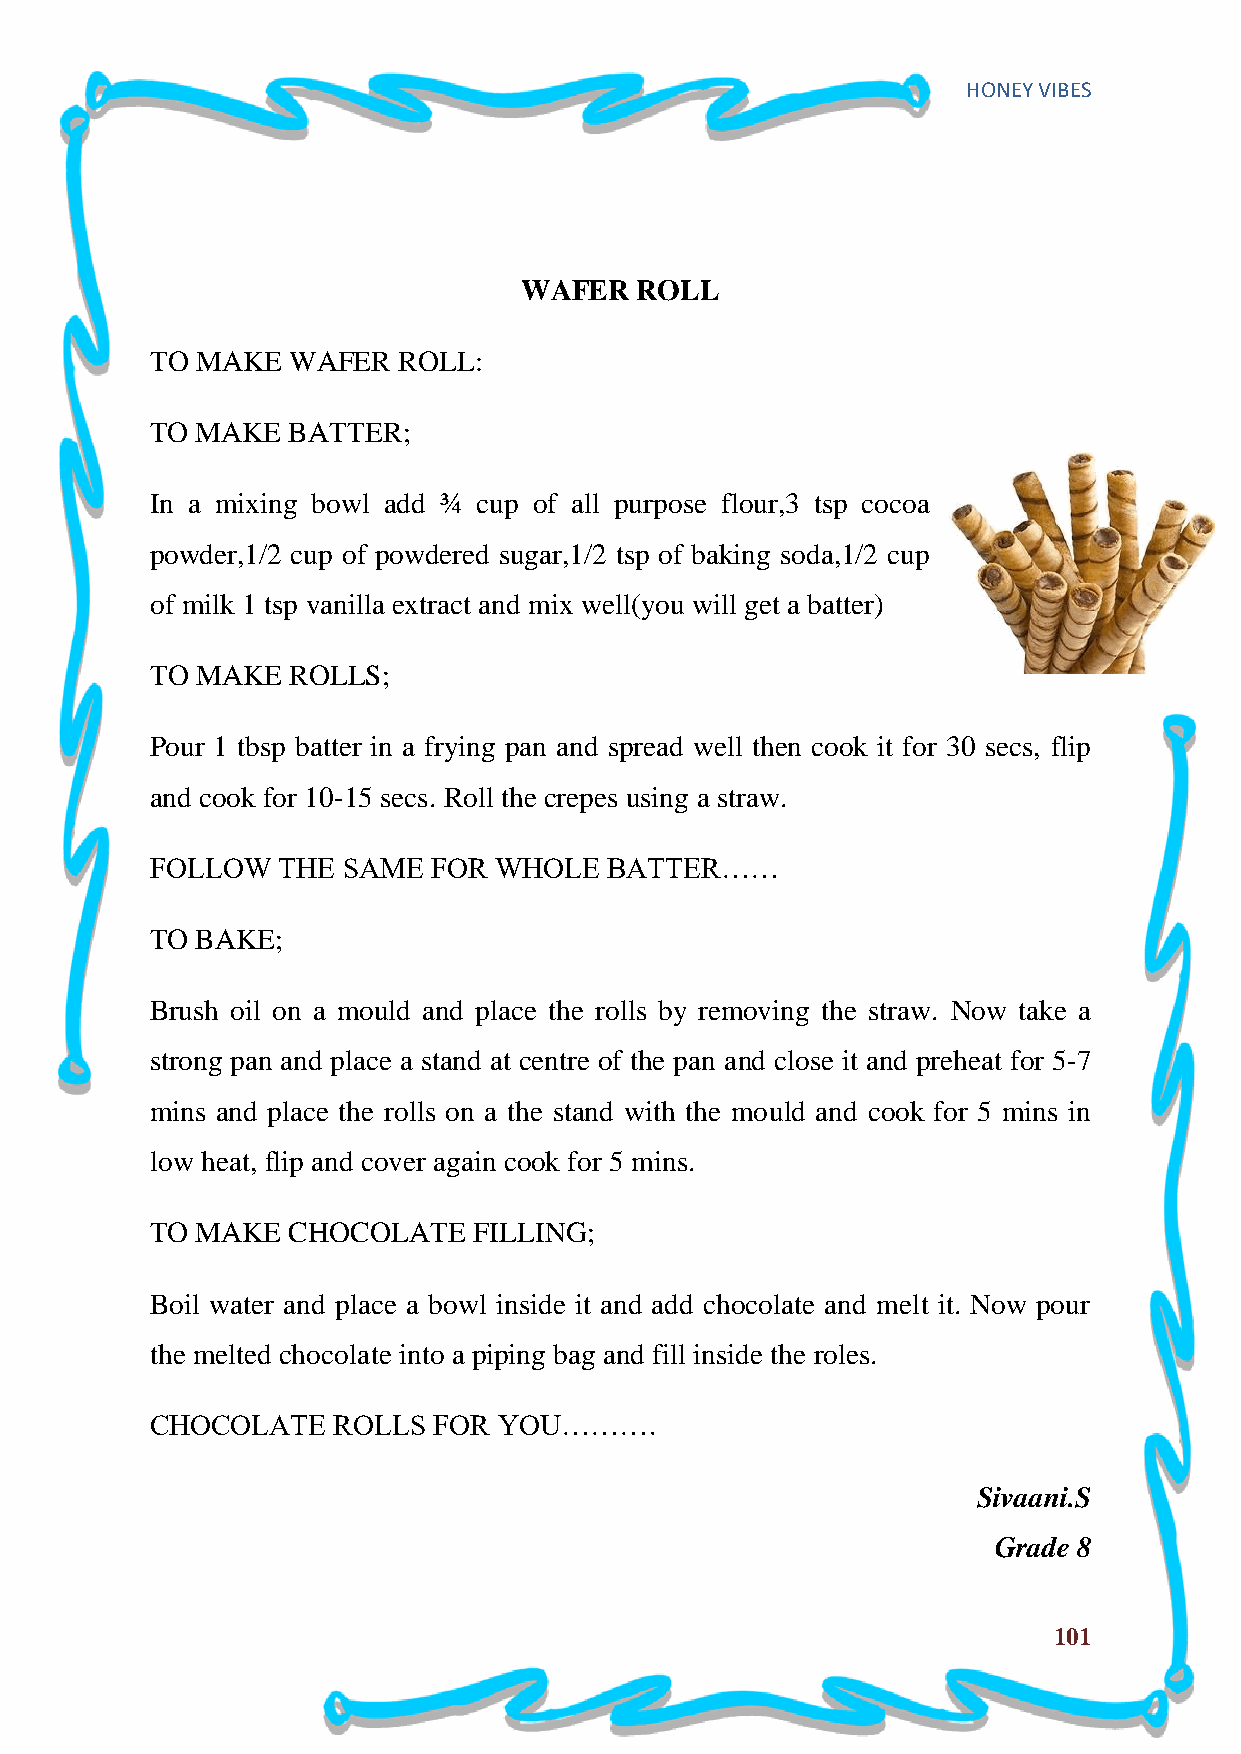
HONEY VIBES
 WAFER  ROLL
 TO MAKE  WAFER  ROLL:
 TO MAKE  BATTER;
 In a mixing bowl add ¾ cup of all purpose flour,3 tsp cocoa
 powder,1/2 cup of powdered sugar,1/2 tsp of baking soda,1/2 cup
 of milk 1 tsp vanilla extract and mix well(you will get a batter)
 TO MAKE  ROLLS;
 Pour 1 tbsp batter in a frying pan and spread well then cook it for 30 secs, flip
 and cook for 10-15 secs. Roll the crepes using a straw.
 FOLLOW  THE  SAME  FOR WHOLE  BATTER……
 TO BAKE;
 Brush oil on a mould and place the rolls by removing the straw. Now take a
 strong pan and place a stand at centre of the pan and close it and preheat for 5-7
 mins and place the rolls on a the stand with the mould and cook for 5 mins in
 low heat, flip and cover again cook for 5 mins.
 TO MAKE  CHOCOLATE   FILLING;
 Boil water and place a bowl inside it and add chocolate and melt it. Now pour
 the melted chocolate into a piping bag and fill inside the roles.
 CHOCOLATE   ROLLS  FOR YOU……….
 Sivaani.S
 Grade 8
 101